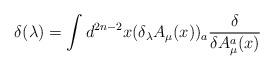
LaTeX: \begin{align*}\delta(\lambda)=\int d^{2n-2}x (\delta_{\lambda} A_{\mu}(x))_{a}\frac{\delta}{\delta A_{\mu}^{a} (x)}\end{align*}